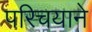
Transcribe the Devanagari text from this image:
परिचयाने